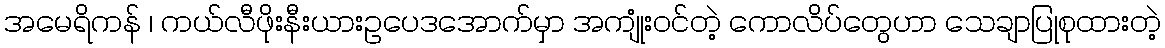
အမေရိကန် ၊ ကယ်လီဖိုးနီးယားဥပေဒအောက်မှာ အကျုံးဝင်တဲ့ ကောလိပ်တွေဟာ သေချာပြုစုထားတဲ့